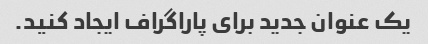
یک عنوان جدید برای پاراگراف ایجاد کنید.